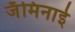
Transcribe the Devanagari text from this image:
जॅमिनाई